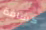
كشافة